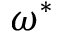
\omega ^ { * }